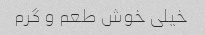
خیلی خوش طعم و گرم